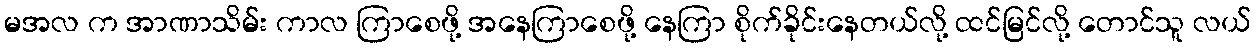
မအလ က အာဏာသိမ်း ကာလ ကြာစေဖို့ အနေကြာစေဖို့ နေကြာ စိုက်ခိုင်းနေတယ်လို့ ထင်မြင်လို့ တောင်သူ လယ်